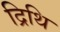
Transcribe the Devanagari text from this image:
द्रिथि